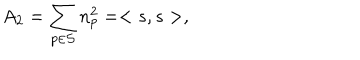
LaTeX: A _ { 2 } = \sum _ { p \in { \cal S } } n _ { p } ^ { 2 } = < s , s > ,